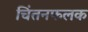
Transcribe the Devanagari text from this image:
चिंतनफलक